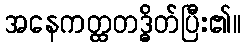
အနေကတ္ထတဒ္ဓိတ်ပြီး၏။